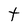
Character: t